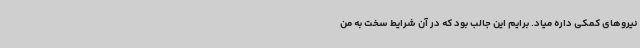
نیروهای کمکی داره میاد. برایم این جالب بود که در آن شرایط سخت به من